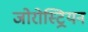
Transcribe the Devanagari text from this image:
जोरोस्ट्रियन